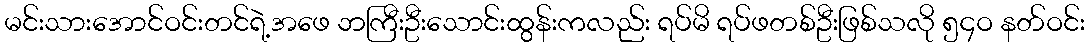
မင်းသားအောင်ဝင်းတင်ရဲ့အဖေ ဘကြီးဦးသောင်းထွန်းကလည်း ရပ်မိ ရပ်ဖတစ်ဦးဖြစ်သလို ၅၄ဝ နတ်ဝင်း